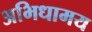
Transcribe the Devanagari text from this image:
अभिधामय